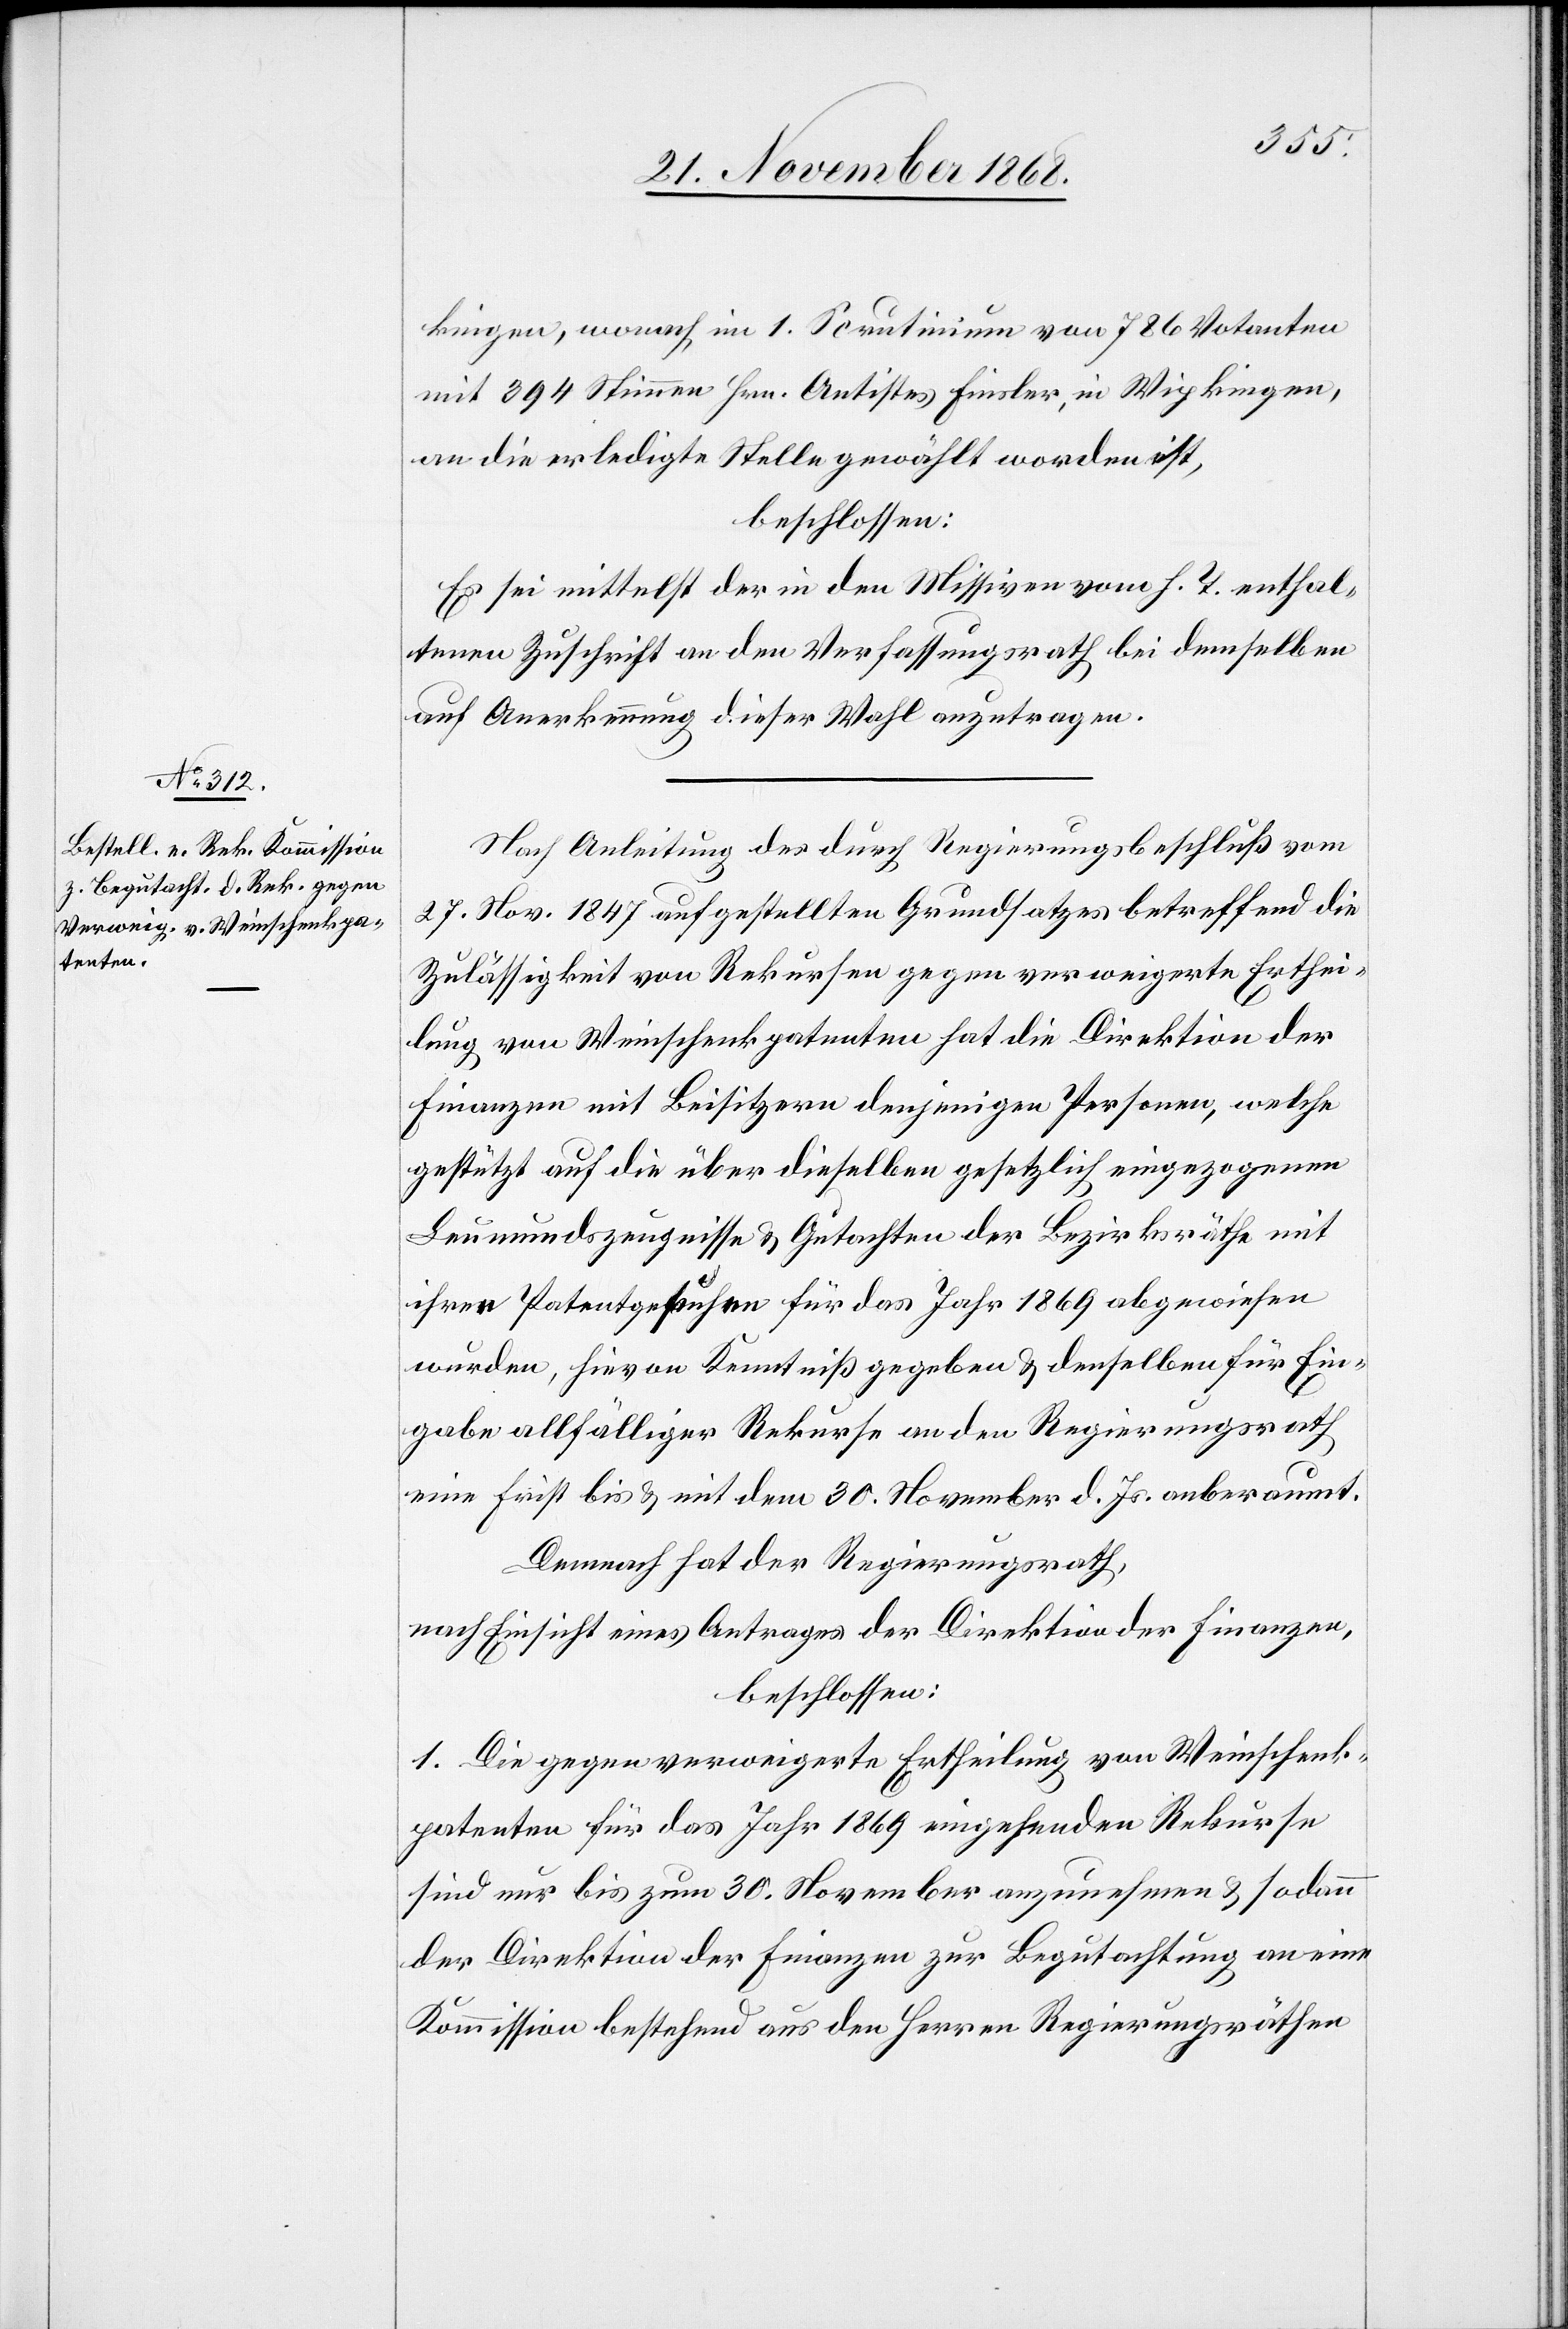
kingen, wonach im 1. Scrutinium von 786 Votanten
mit 394 Stimmen Hrn. Antistes Finsler, in Wipkingen,
an die erledigte Stelle gewählt worden ist,
beschlossen:
Es sei mittelst der in den Missiven vom h. T. enthal¬
tenen Zuschrift an den Verfassungsrath bei demselben
auf Anerkennung dieser Wahl anzutragen.
Nach Anleitung des durch Regierungsbeschluß vom
27. Nov. 1847 aufgestellten Grundsatzes betreffend die
Zulässigkeit von Rekursen gegen verweigerte Erthei¬
lung von Weinschenkpatenten hat die Direktion der
Finanzen mit Beisitzern denjenigen Personen, welche
gestützt auf die über dieselben gesetzlich eingezogenen
Leumundszeugnisse & Gutachten der Bezirksräthe mit
ihren Patentgesuchen für das Jahr 1869 abgewiesen
wurden, hievon Kenntniß gegeben & denselben für Ein¬
gabe allfälliger Rekurse an den Regierungsrath
eine Frist bis & mit dem 30. November d. Js. anberaumt.
Demnach hat der Regierungsrath,
nach Einsicht eines Antrages der Direktion der Finanzen,
beschlossen:
1. Die gegen verweigerte Ertheilung von Weinschenk¬
patenten für das Jahr 1869 eingehenden Rekurse
sind nur bis zum 30. November anzunehmen & sodann
der Direktion der Finanzen zur Begutachtung an eine
Kommission bestehend aus den Herren Regierungsräthen